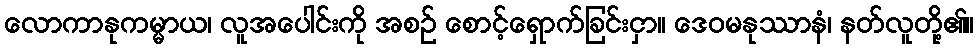
လောကာနုကမ္မာယ၊ လူအပေါင်းကို အစဉ် စောင့်ရှောက်ခြင်းငှာ။ ဒေဝမနုဿာနံ၊ နတ်လူတို့၏။